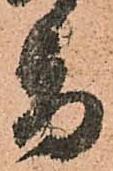
旨